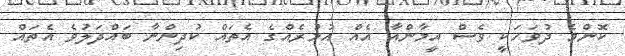
ކޮންމެ ދުވަހަކީ ވެސް އީމާންއާ އެއް އުމުރެއްގެ އެތައް ކުދިންނާ ބައްދަލުވެ އެތައް